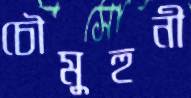
চৌমুহুনী